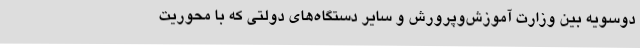
دوسویه بین وزارت آموزش‌وپرورش و سایر دستگاه‌های دولتی که با محوریت